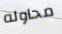
محاوله